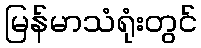
မြန်မာသံရုံးတွင်